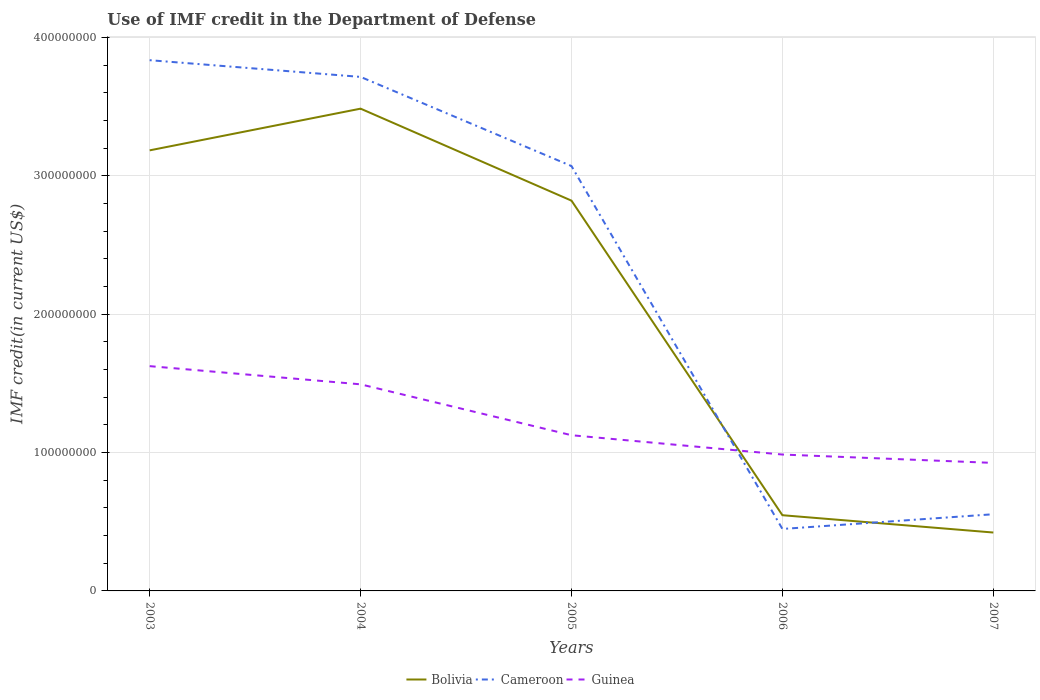
| Years | Bolivia | Cameroon | Guinea |
 | --- | --- | --- | --- |
 | 2003 | 3.18e+08 | 3.83e+08 | 1.62e+08 |
 | 2004 | 3.48e+08 | 3.71e+08 | 1.49e+08 |
 | 2005 | 2.82e+08 | 3.07e+08 | 1.13e+08 |
 | 2006 | 5.47e+07 | 4.48e+07 | 9.85e+07 |
 | 2007 | 4.22e+07 | 5.54e+07 | 9.25e+07 |